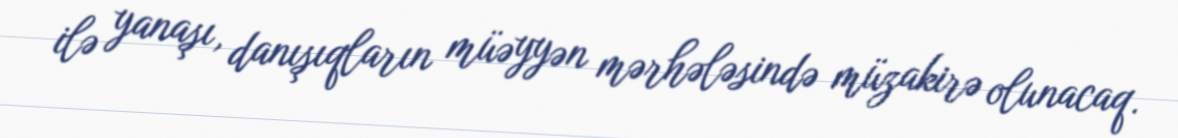
ilə yanaşı, danışıqların müəyyən mərhələsində müzakirə olunacaq.